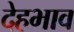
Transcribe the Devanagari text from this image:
देहभाव